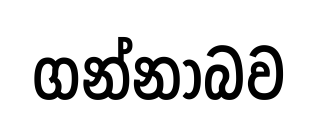
ගන්නාබව